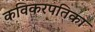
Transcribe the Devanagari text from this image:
कविकरपतिका